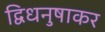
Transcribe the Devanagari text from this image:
द्विधनुषाकर